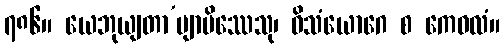
၇၈၆။ ယေဘုယျတာ’ဗျာမိဿေသု၊ ဝိသံယောဂေ စ ကေဝလံ။